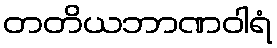
တတိယဘာဏဝါရံ